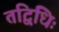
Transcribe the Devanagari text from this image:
तद्विधिः